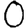
Digit: 0